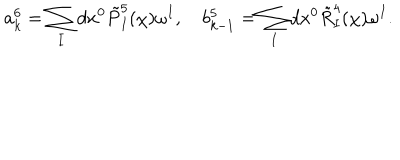
a _ { k } ^ { 6 } = \sum _ { I } d x ^ { 0 } \tilde { P } _ { I } ^ { 5 } ( \chi ) \omega ^ { I } , \quad b _ { k - 1 } ^ { 5 } = \sum _ { I } d x ^ { 0 } \tilde { R } _ { I } ^ { 4 } ( \chi ) \omega ^ { I } .